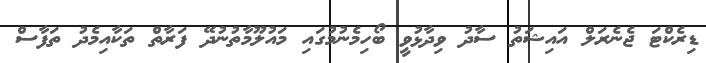
ޑިރެކްޓަ ޖެނެރަލް އައިޝަތު ސާދު ވިދާޅުވީ ބޯހިމެނުމުގައި މައުލޫމާތުނުދޭ ފަރާތް ތަކާއިމެދު ތަފާސް